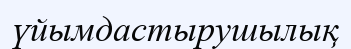
үйымдастырушылық